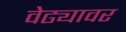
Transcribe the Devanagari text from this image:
वेढ्यावर